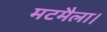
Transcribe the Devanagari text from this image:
मटमैला।